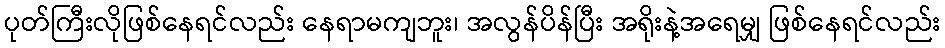
ပုတ်ကြီးလိုဖြစ်နေရင်လည်း နေရာမကျဘူး၊ အလွန်ပိန်ပြီး အရိုးနဲ့အရေမျှ ဖြစ်နေရင်လည်း